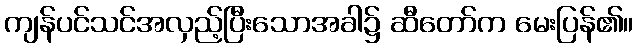
ကျန်ပင်သင်အလှည့်ပြီးသောအခါ၌ ဆီတော်က မေးပြန်၏။